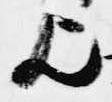
歟